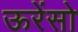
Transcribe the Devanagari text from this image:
ऊरेंसो